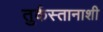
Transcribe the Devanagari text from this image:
तुर्कस्तानाशी